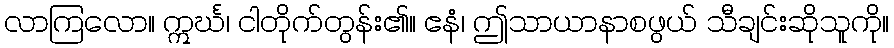
လာကြလော။ ဣင်္ဃ၊ ငါတိုက်တွန်း၏။ ဧနံ၊ ဤသာယာနာစဖွယ် သီချင်းဆိုသူကို။